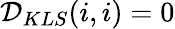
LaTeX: \mathcal{D}_{KLS}(i,i)=0